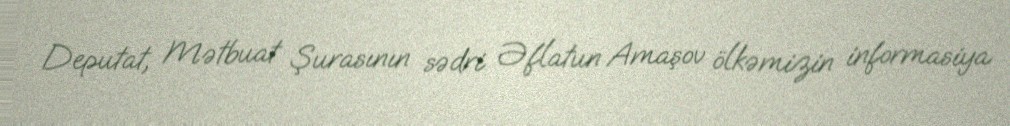
Deputat, Mətbuat Şurasının sədri Əflatun Amaşov ölkəmizin informasiya